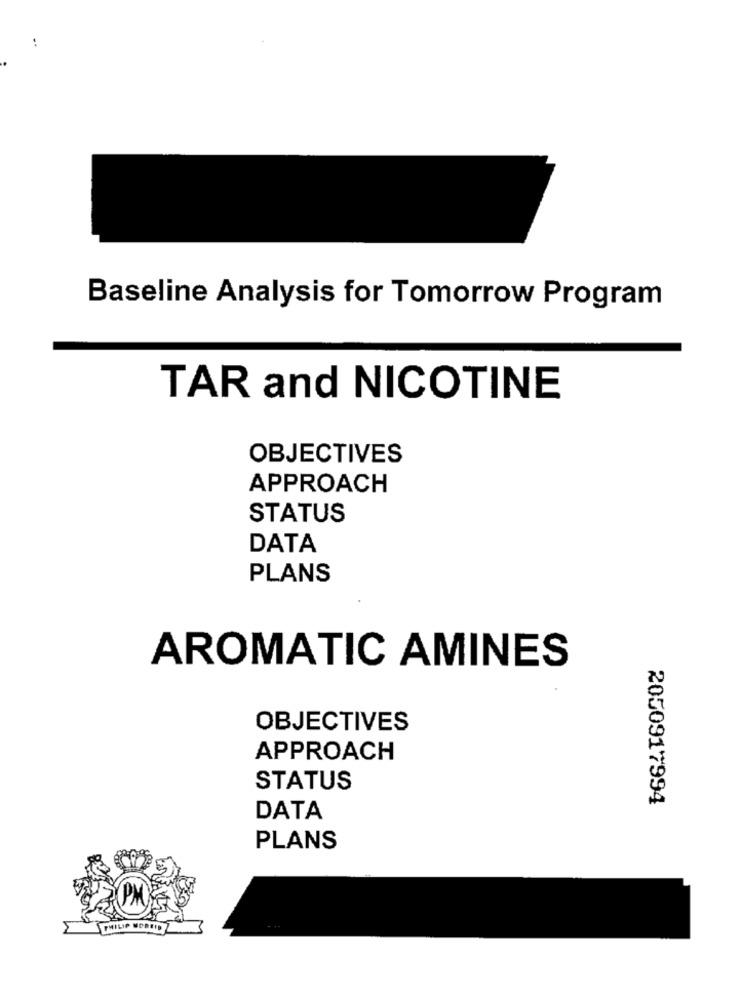
Baseline Analysis for Tomorrow Program
TAR and NICOTINE
OBJECTIVES
APPROACH
STATUS
DATA
PLANS
AROMATIC AMINES
OBJECTIVES
APPROACH
STATUS
2050917994
DATA
PLANS
PHILIP M